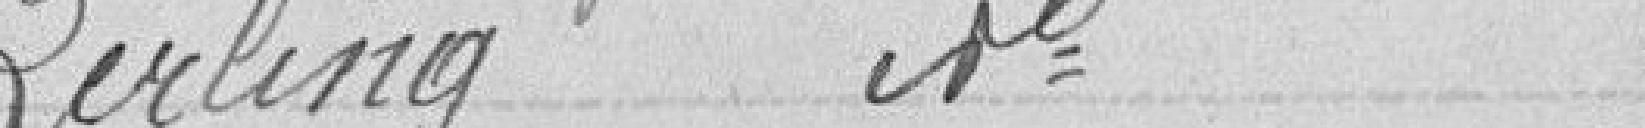
Zerling it°